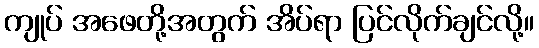
ကျုပ် အဖေတို့အတွက် အိပ်ရာ ပြင်လိုက်ချင်လို့။